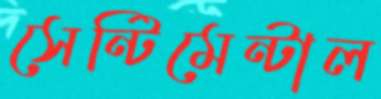
সেন্টিমেন্টাল